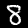
Label: 8